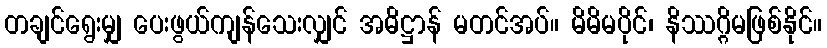
တချင်ရွေးမျှ ပေးဖွယ်ကျန်သေးလျှင် အဓိဋ္ဌာန် မတင်အပ်။ မိမိမပိုင်၊ နိဿဂ္ဂိမဖြစ်နိုင်။